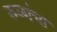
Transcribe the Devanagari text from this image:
रुळांचा